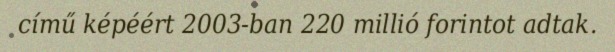
című képéért 2003-ban 220 millió forintot adtak.